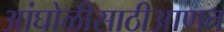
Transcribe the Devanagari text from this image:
आंघोळीसाठीआणत